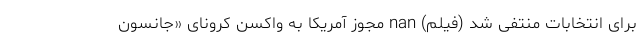
برای انتخابات منتفی شد (فیلم) nan مجوز آمریکا به واکسن کرونای «جانسون